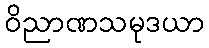
ဝိညာဏသမုဒယာ